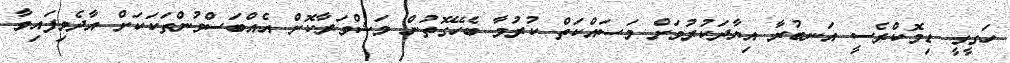
ހަގީގީ ޑިމޮކްރެސީ އަނބުރާ އިޔާދަކުރުމަށް މަސައްކަތް ކުރުމާ ބެހޭގޮތުން މަޝްވަރާކޮށް އެއްބަސްވުންތަކަކަށް އާދެވިފައިވާ